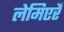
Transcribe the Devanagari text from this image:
लेमिएर्रे